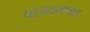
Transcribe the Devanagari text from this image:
पश्यदक्षण्वान्न